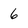
Character: 6